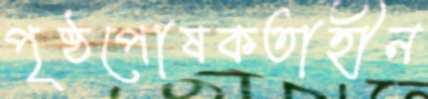
পৃষ্ঠপোষকতাহীন